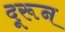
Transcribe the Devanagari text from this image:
दूरून